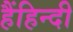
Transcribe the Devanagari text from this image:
हैंहिन्दी